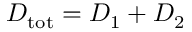
D _ { \mathrm { t o t } } = D _ { 1 } + D _ { 2 }